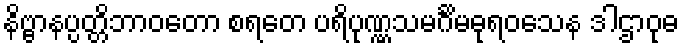
နိဗ္ဗာနပ္ပတ္တိဘာဝတော စရတေ ပရိပုဏ္ဏသမင်္ဂိမဓုရဝသေန ဒါဌာဝုဓ